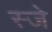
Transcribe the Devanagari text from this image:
स्जे